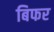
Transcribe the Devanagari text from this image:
बिफर